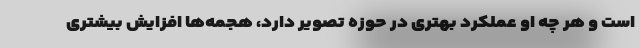
است و هر چه او عملکرد بهتری در حوزه تصویر دارد، هجمه‌ها افزایش بیشتری